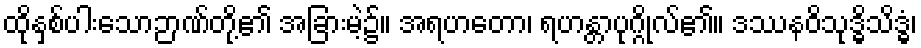
ထိုနှစ်ပါးသောဉာဏ်တို့၏ အခြားမဲ့၌။ အရဟတော၊ ရဟန္တာပုဂ္ဂိုလ်၏။ ဒဿနဝိသုဒ္ဓိသိဒ္ဓံ၊